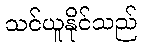
သင်ယူနိုင်သည်